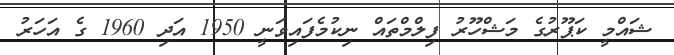
ޝައްމީ ކަޕޫރުގެ މަޝްހޫރު ފިލްމްތައް ނިކުމެފައިވަނީ 1950 އަދި 1960 ގެ އަހަރު